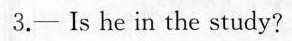
3.——Is he in the study?